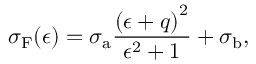
\sigma _ { \mathrm { F } } ( \epsilon ) = \sigma _ { \mathrm { a } } \frac { { ( \epsilon + q ) } ^ { 2 } } { \epsilon ^ { 2 } + 1 } + \sigma _ { \mathrm { b } } ,